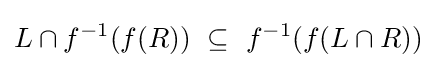
L\cap f^{-1}(f(R))~\subseteq ~f^{-1}(f(L\cap R))